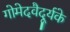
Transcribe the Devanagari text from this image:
गोमेदवैदूर्यके